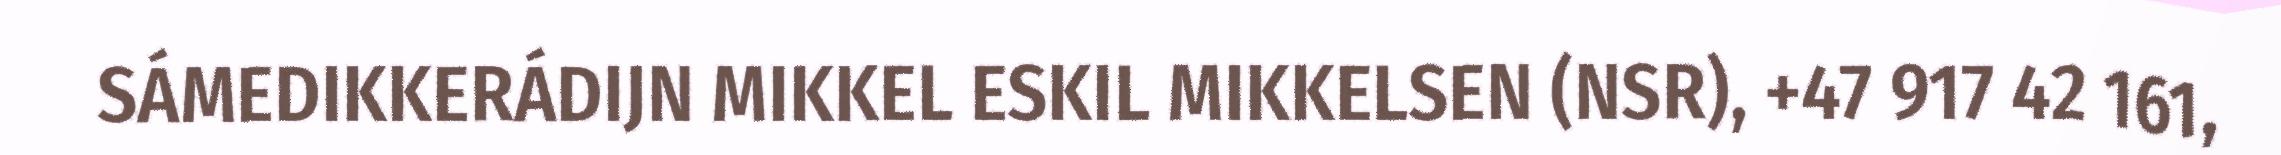
SÁMEDIKKERÁDIJN MIKKEL ESKIL MIKKELSEN (NSR), +47 917 42 161,